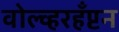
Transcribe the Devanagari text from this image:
वोल्व्हरहँप्टन